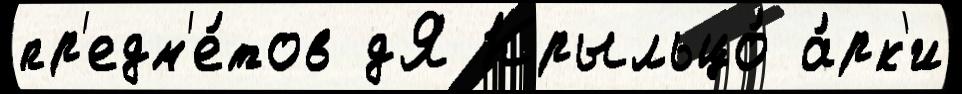
пр'едм'е́тов дЯ Крыльцо́ а́рк'и